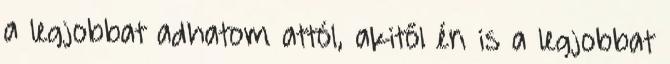
a legjobbat adhatom attól, akitől én is a legjobbat